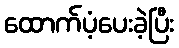
ထောက်ပံ့ပေးခဲ့ပြီး